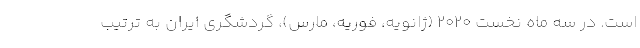
است. در سه ماه نخست ۲۰۲۰ (ژانویه، فوریه، مارس)، گردشگری ایران به ترتیب